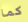
كما